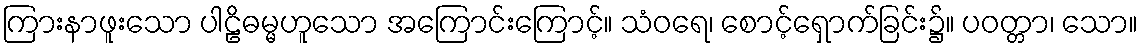
ကြားနာဖူးသော ပါဠိဓမ္မဟူသော အကြောင်းကြောင့်။ သံဝရေ၊ စောင့်ရှောက်ခြင်း၌။ ပဝတ္တာ၊ သော။